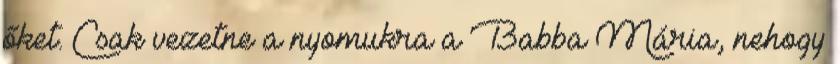
őket. Csak vezetne a nyomukra a Babba Mária, nehogy